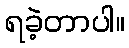
ရခဲ့တာပါ။